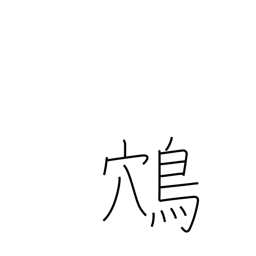
Meaning: swooping